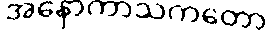
အနောကာသကတော